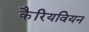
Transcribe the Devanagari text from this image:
कैरियवियन